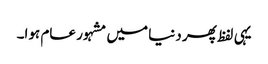
یہی لفظ پھر دنیا میں مشہور عام ہوا۔